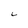
Character: L